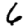
Digit: 6